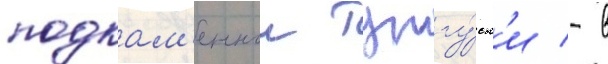
подкам'еннои тунгу́ск'и - в